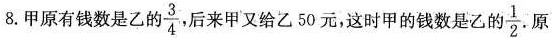
B.甲原有钱数是乙的 \frac{3}{4} 后来甲又给乙50元，这时甲的钱数是乙的 \frac{1}{2}原